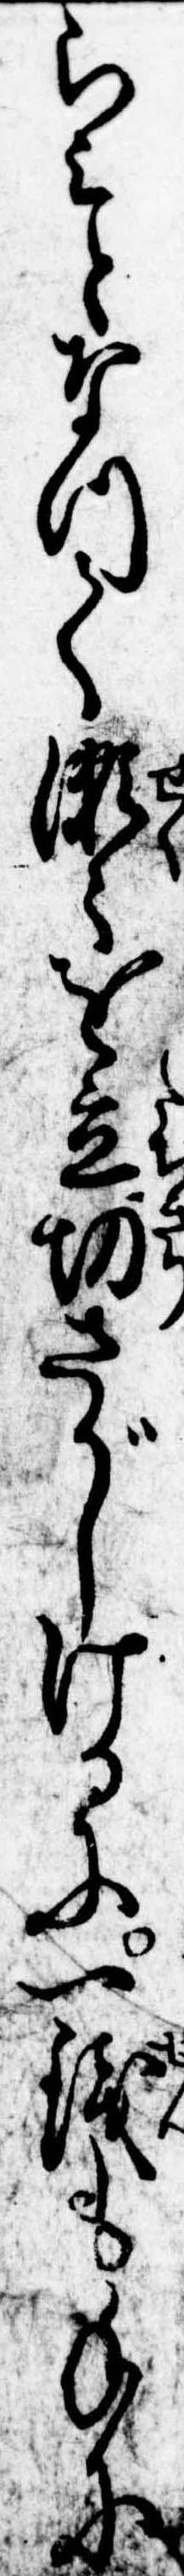
らみとなつて瀬々を立切さがしけるに一銭も手に